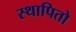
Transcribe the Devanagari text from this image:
स्थापितो